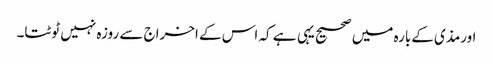
اورمذی کےبارہ میں صحیح یہی ہے کہ اس کے اخراج سے روزہ نہیں ٹوٹتا۔